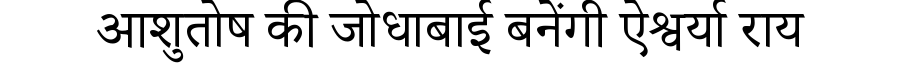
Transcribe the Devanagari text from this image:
आशुतोष की जोधाबाई बनेंगी ऐश्वर्या राय